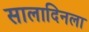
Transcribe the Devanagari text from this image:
सालादिनला